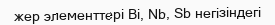
жер элементтері Ві, Nb, Sb негізіндегі